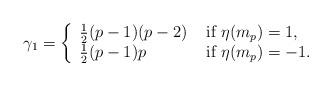
LaTeX: \begin{align*}\phantom{-}\gamma_1=\left\{\begin{array}{lll}\frac{1}{2}(p-1)(p-2) &\textup{ if } \eta(m_p)=1,\\\frac{1 }{2}(p-1)p &\textup{ if } \eta(m_p)=-1.\end{array} \right.\end{align*}